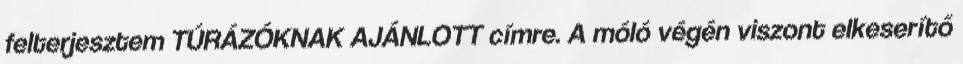
felterjesztem TÚRÁZÓKNAK AJÁNLOTT címre. A móló végén viszont elkeserítő